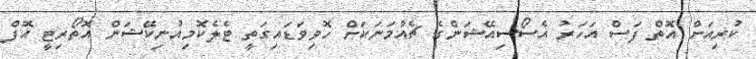
ކުރިއަށް އޮތް ފަސް އަހަރު އެސޯސިއޭޝަންގެ ޗެއާމަނަކަށް ހޮވިވަޑައިގަތީ ޓެލެކޮމިއުނިކޭޝަން އޮތޯރިޓީ އޮފް